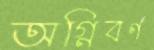
অগ্নিবর্ণ